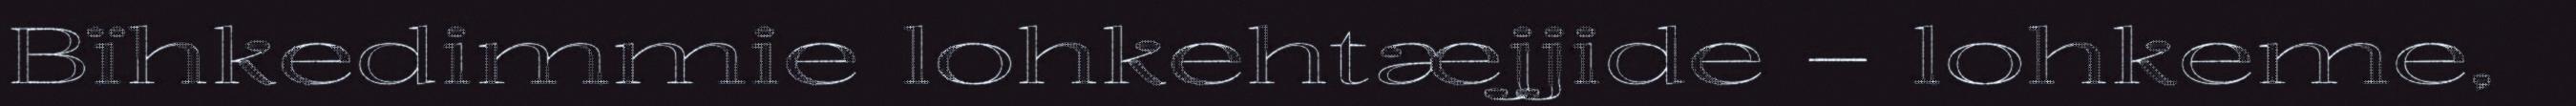
Bïhkedimmie lohkehtæjjide – lohkeme,